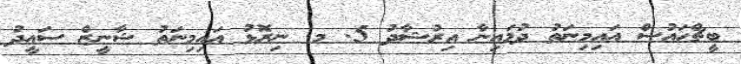
ބީޗްހައުސް އައިމިނަތު ދުމައިނާ އިރުޝާދު 5. މ. ނިރޮޅު އައިމިނަތު ޝާނީޒް ސައީދު